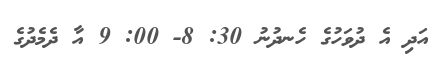
އަދި އެ ދުވަހުގެ ހެނދުނު 30: 8- 00: 9 އާ ދެމެދުގެ